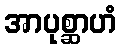
အာပုစ္ဆာဟံ